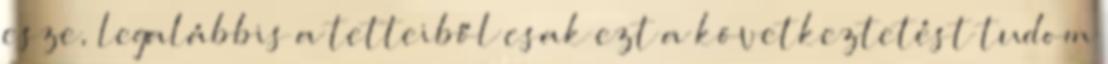
esze, legalábbis a tetteiből csak ezt a következtetést tudom